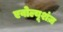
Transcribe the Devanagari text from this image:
एवोल्यूशंज़